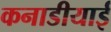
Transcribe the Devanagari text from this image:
कनाडीयाई